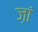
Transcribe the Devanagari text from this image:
ज़ां